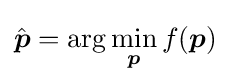
{\hat {\boldsymbol {p}}}=\arg \min _{\boldsymbol {p}}f({\boldsymbol {p}})